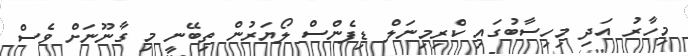
މިހާރު އަދި މިހިސާބުގައި ކްރިމިނަލް ޑިފެންސް ލޯޔަރުން ތިބޭނީ މި ގާނޫނަށް ވެސް